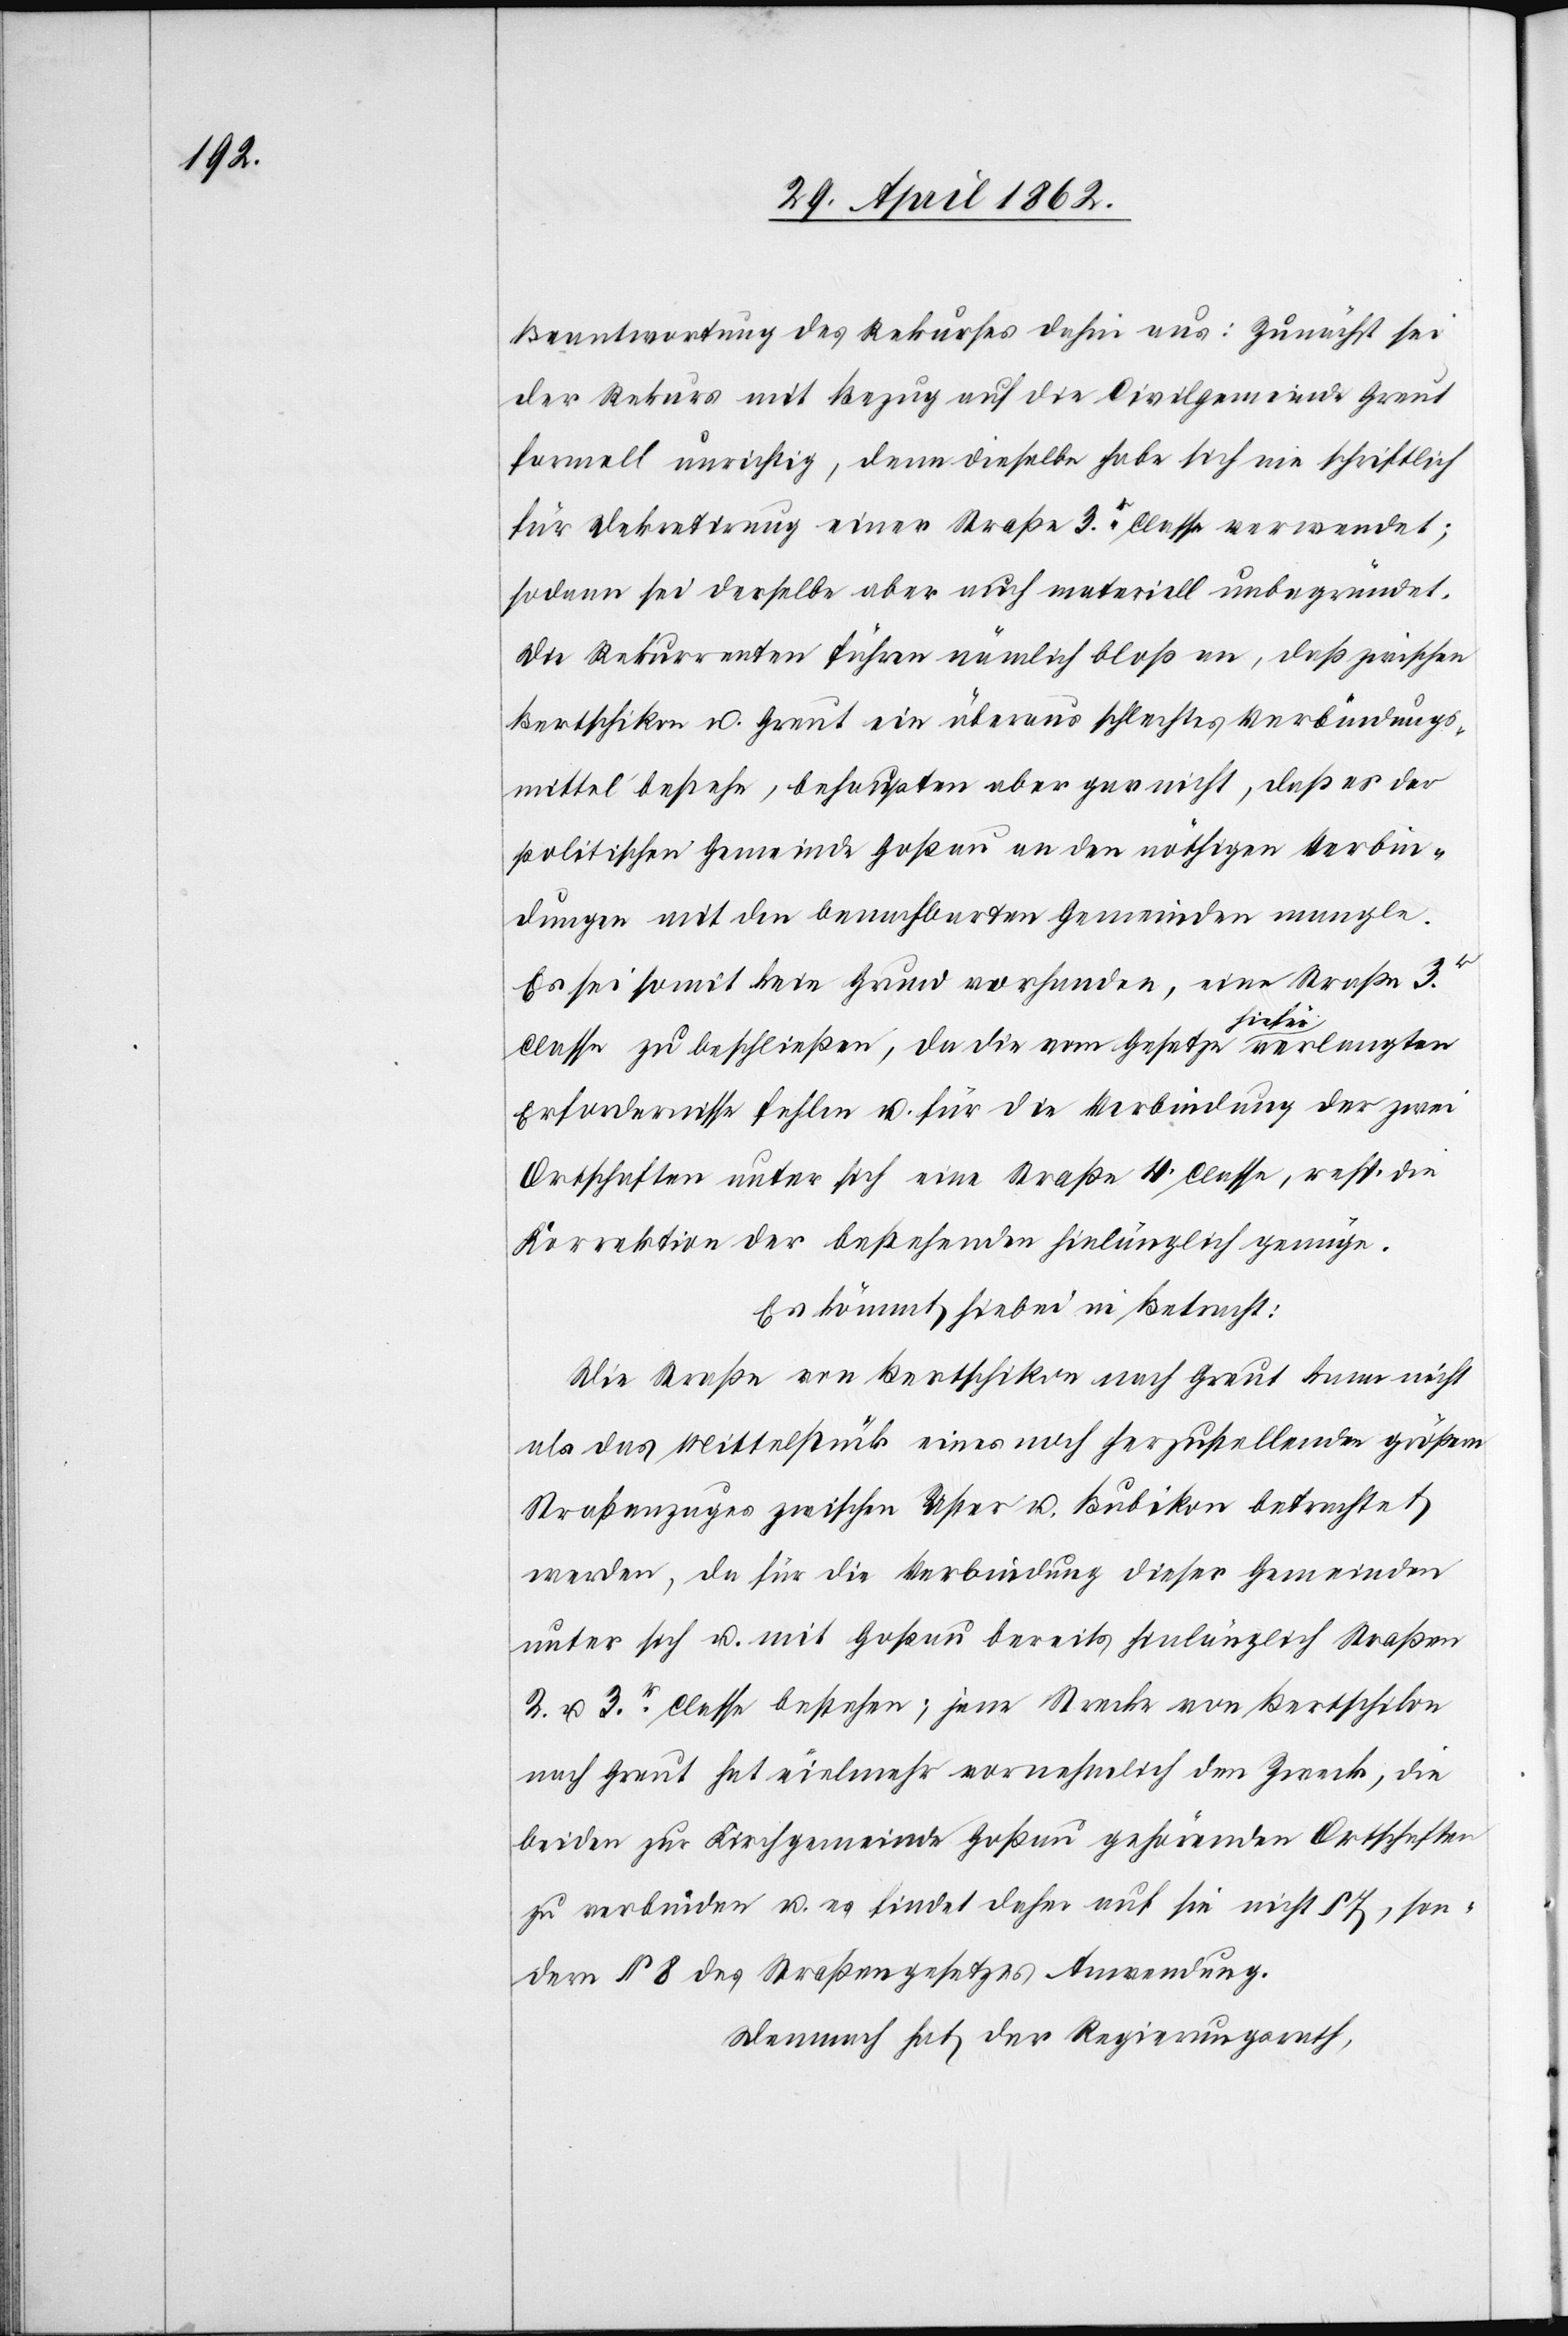
Beantwortung des Rekurses dahin aus: Zunächst sei
der Rekurs mit Bezug auf die Civilgemeinde Greut
formell unrichtig, denn dieselbe habe sich nie schriftlich
für Dekretirung einer Straße 3r. Classe verwendet;
sodann sei derselbe aber auch materiell unbegründet.
Die Rekurrenten führen nämlich bloß an, daß zwischen
Bertschikon u. Greut ein überaus schlechtes Verbindungs¬
mittel bestehe, behaupten aber gar nicht, daß es der
politischen Gemeinde Goßau an den nöthigen Verbin¬
dungen mit den benachbarten Gemeinden mangle.
Es sei somit kein Grund vorhanden, eine Straße 3r.
Classe zu beschließen, da die vom Gesetze hiefür verlangten
Erfordernisse fehlen u. für die Verbindung der zwei
Ortschaften unter sich eine Straße 4. Classe, resp. die
Korrektion der bestehenden hinlänglich genüge.
Es kömmt hiebei in Betracht:
Die Straße von Bertschikon nach Greut kann nicht
als das Mittelstück eines noch herzustellenden größern
Straßenzuges zwischen Uster u. Bubikon betrachtet
werden, da für die Verbindung dieser Gemeinden
unter sich u. mit Goßau bereits hinlänglich Straßen
2. u. 3r. Classe bestehen; jene Strecke von Bertschikon
nach Greut hat vielmehr vornehmlich dem Zweck, die
beiden zur Kirchgemeinde Goßau gehörenden Ortschaften
zu verbinden u. es findet daher auf sie nicht § 7, son¬
dern § 8 des Straßengesetzes Anwendung.
Demnach hat der Regierungsrath,